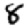
Digit: 8